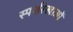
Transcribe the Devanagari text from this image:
स्पर्शरेखाओं